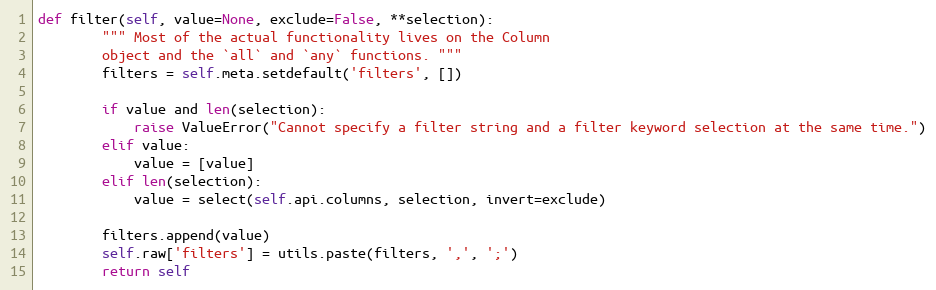
Language: Python
def filter(self, value=None, exclude=False, **selection):
        """ Most of the actual functionality lives on the Column
        object and the `all` and `any` functions. """
        filters = self.meta.setdefault('filters', [])

        if value and len(selection):
            raise ValueError("Cannot specify a filter string and a filter keyword selection at the same time.")
        elif value:
            value = [value]
        elif len(selection):
            value = select(self.api.columns, selection, invert=exclude)

        filters.append(value)
        self.raw['filters'] = utils.paste(filters, ',', ';')
        return self